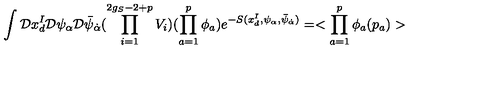
\int { \cal D } x _ { d } ^ { I } { \cal D } \psi _ { \alpha } { \cal D } \bar { \psi } _ { \dot { \alpha } } ( \prod _ { i = 1 } ^ { 2 g _ { S } - 2 + p } V _ { i } ) ( \prod _ { a = 1 } ^ { p } \phi _ { a } ) e ^ { - S ( x _ { d } ^ { I } , \psi _ { \alpha } , \bar { \psi } _ { \dot { \alpha } } ) } = < \prod _ { a = 1 } ^ { p } \phi _ { a } ( p _ { a } ) >